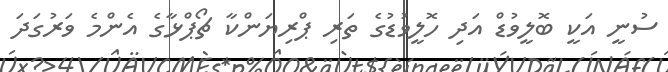
ސުނީ އަކީ ބޮލީވުޑް އަދި ހޮލީވުޑުގެ ތަރި ޕްރިޔަންކާ ޗޯޕްޅާގެ އެެންމެ ވަރުގަދަ